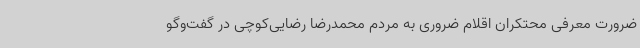
ضرورت معرفی محتکران اقلام ضروری به مردم محمدرضا رضایی‌کوچی در گفت‌وگو